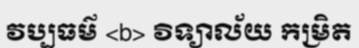
វប្បធម៌ <b> វិទ្យាល័យ កម្រិត